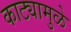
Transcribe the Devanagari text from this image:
काट्यामुळे